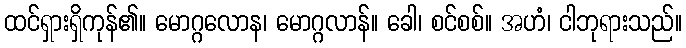
ထင်ရှားရှိကုန်၏။ မောဂ္ဂလောန၊ မောဂ္ဂလာန်။ ခေါ၊ စင်စစ်။ အဟံ၊ ငါဘုရားသည်။